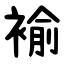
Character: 褕